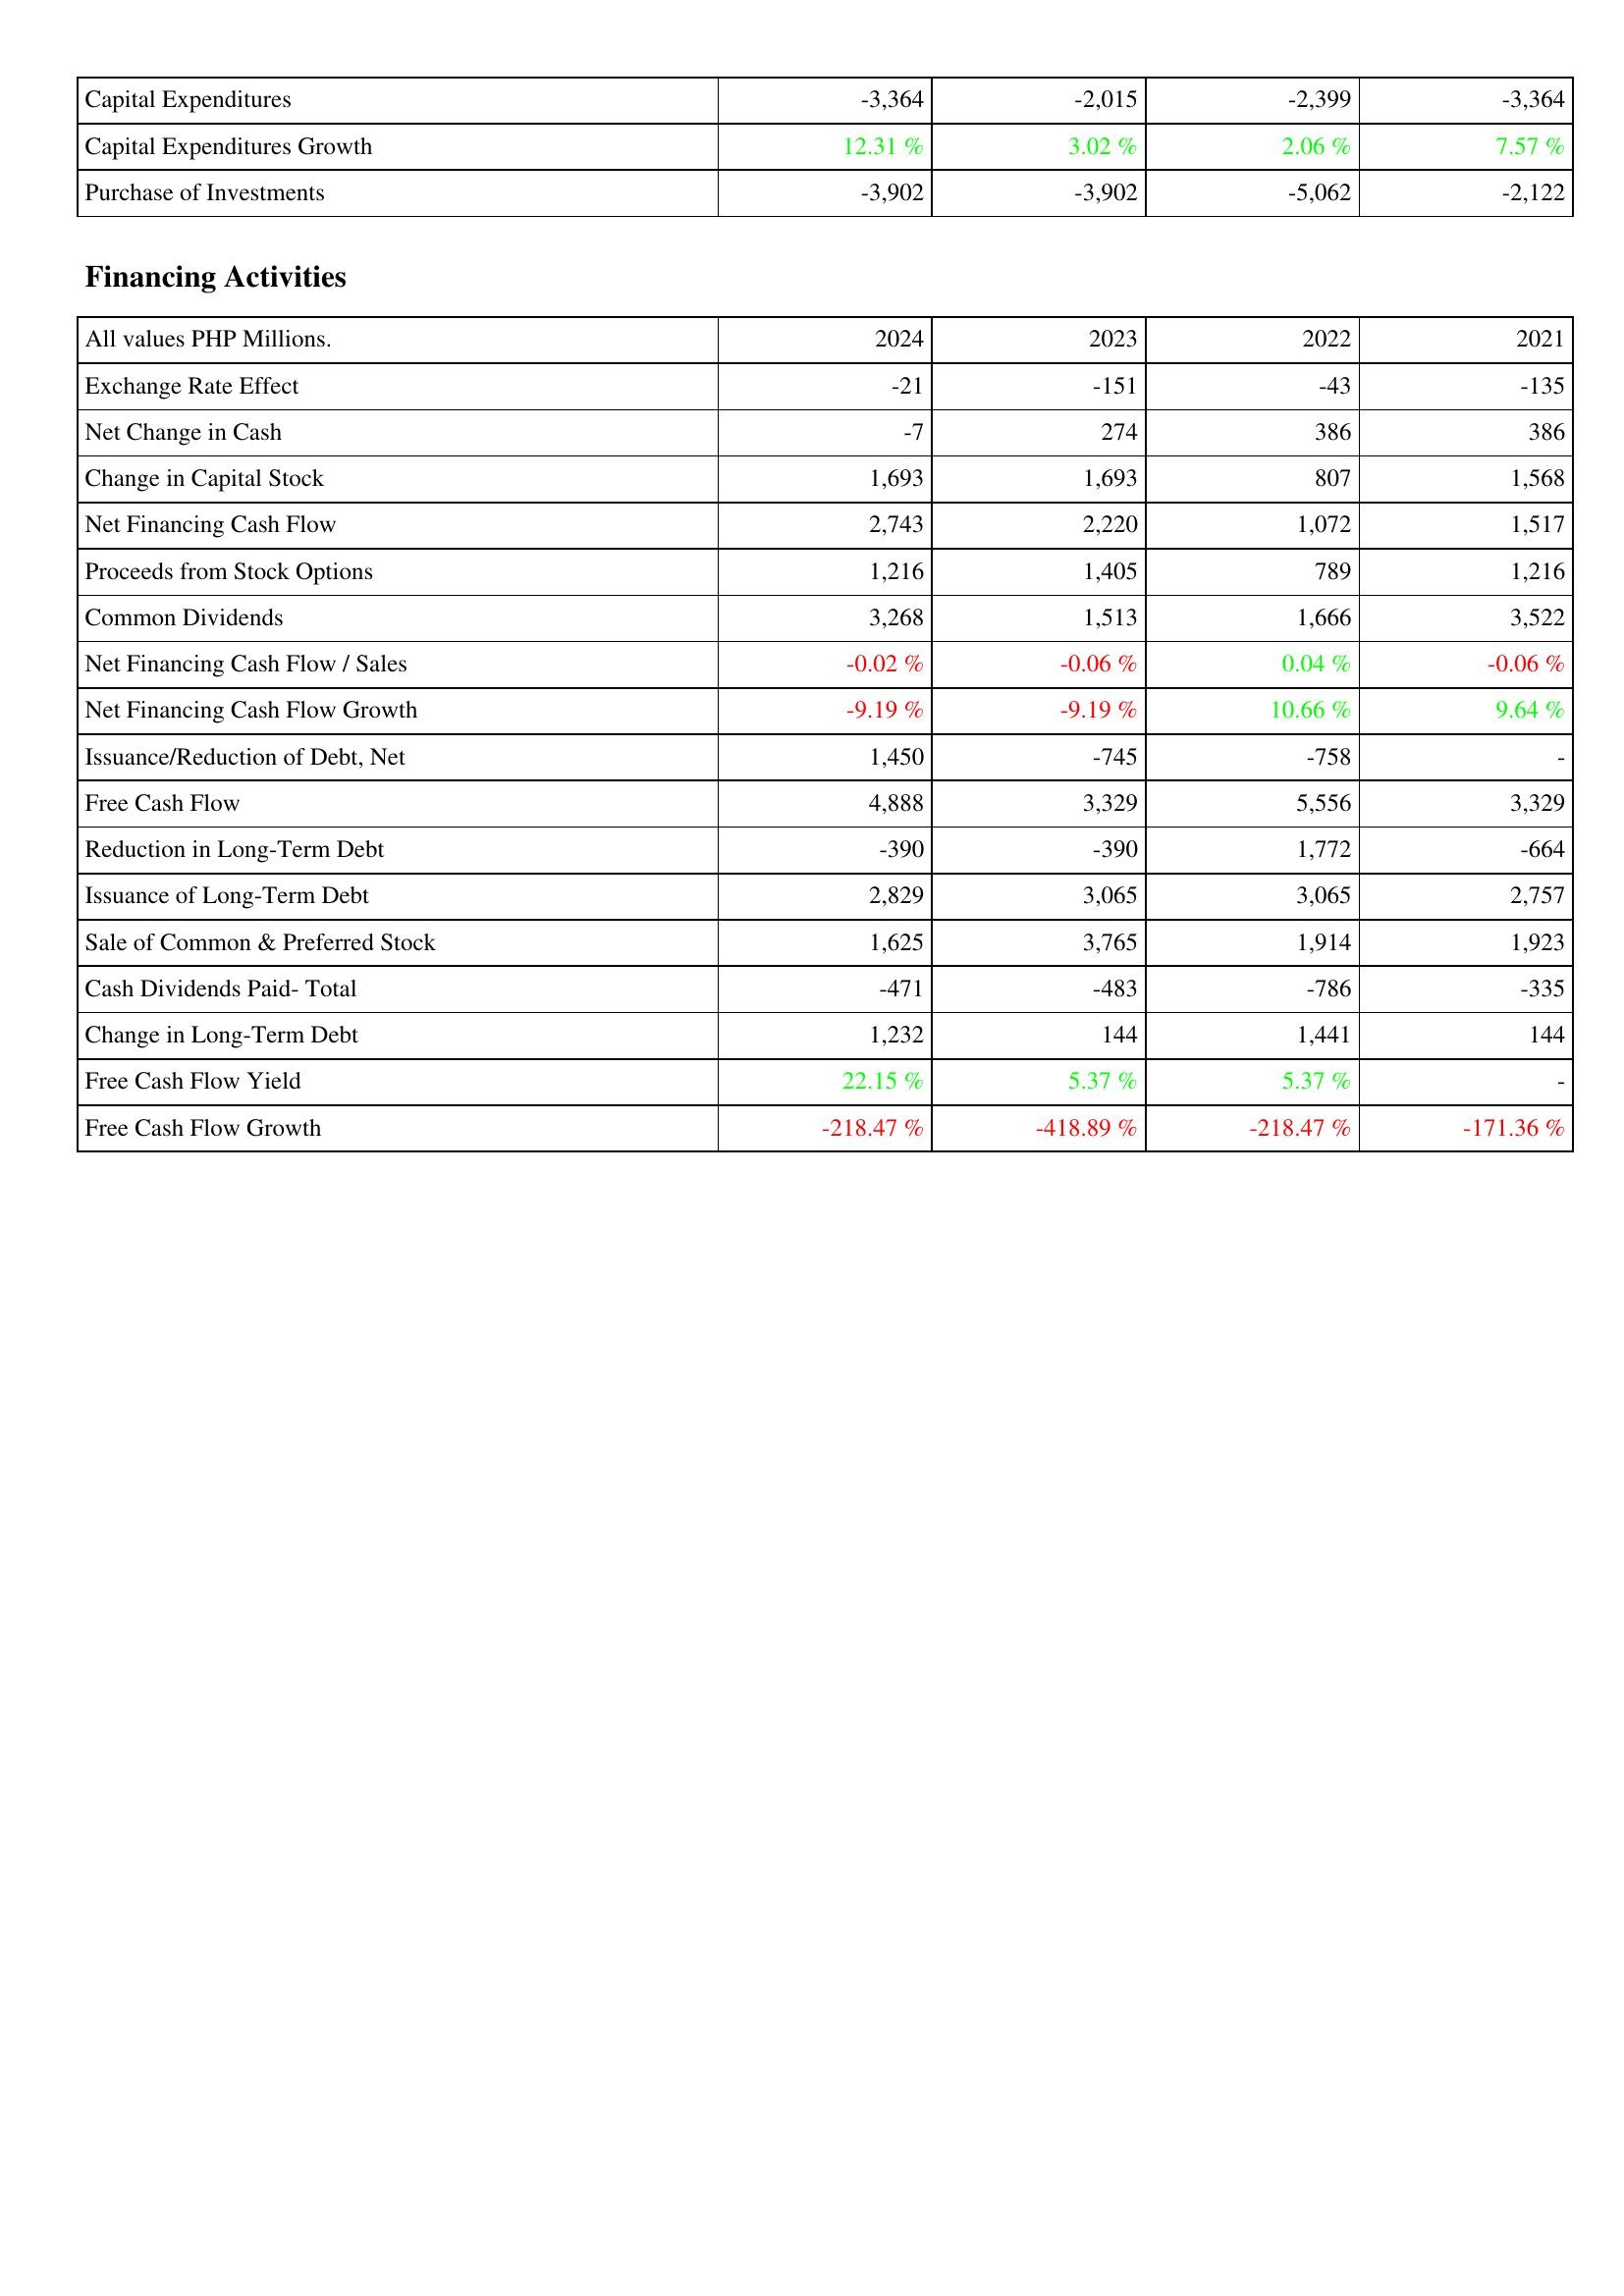
2024: Investing Activities: Capital Expenditures: -3,364
Capital Expenditures Growth: 12.31 %
Purchase of Investments: -3,902
Financing Activities: Exchange Rate Effect: -21
Net Change in Cash: -7
Change in Capital Stock: 1,693
Net Financing Cash Flow: 2,743
Proceeds from Stock Options: 1,216
Common Dividends: 3,268
Net Financing Cash Flow / Sales: -0.02 %
Net Financing Cash Flow Growth: -9.19 %
Issuance/Reduction of Debt, Net: 1,450
Free Cash Flow: 4,888
Reduction in Long-Term Debt: -390
Issuance of Long-Term Debt: 2,829
Sale of Common & Preferred Stock: 1,625
Cash Dividends Paid- Total: -471
Change in Long-Term Debt: 1,232
Free Cash Flow Yield: 22.15 %
Free Cash Flow Growth: -218.47 %
2023: Investing Activities: Capital Expenditures: -2,015
Capital Expenditures Growth: 3.02 %
Purchase of Investments: -3,902
Financing Activities: Exchange Rate Effect: -151
Net Change in Cash: 274
Change in Capital Stock: 1,693
Net Financing Cash Flow: 2,220
Proceeds from Stock Options: 1,405
Common Dividends: 1,513
Net Financing Cash Flow / Sales: -0.06 %
Net Financing Cash Flow Growth: -9.19 %
Issuance/Reduction of Debt, Net: -745
Free Cash Flow: 3,329
Reduction in Long-Term Debt: -390
Issuance of Long-Term Debt: 3,065
Sale of Common & Preferred Stock: 3,765
Cash Dividends Paid- Total: -483
Change in Long-Term Debt: 144
Free Cash Flow Yield: 5.37 %
Free Cash Flow Growth: -418.89 %
2022: Investing Activities: Capital Expenditures: -2,399
Capital Expenditures Growth: 2.06 %
Purchase of Investments: -5,062
Financing Activities: Exchange Rate Effect: -43
Net Change in Cash: 386
Change in Capital Stock: 807
Net Financing Cash Flow: 1,072
Proceeds from Stock Options: 789
Common Dividends: 1,666
Net Financing Cash Flow / Sales: 0.04 %
Net Financing Cash Flow Growth: 10.66 %
Issuance/Reduction of Debt, Net: -758
Free Cash Flow: 5,556
Reduction in Long-Term Debt: 1,772
Issuance of Long-Term Debt: 3,065
Sale of Common & Preferred Stock: 1,914
Cash Dividends Paid- Total: -786
Change in Long-Term Debt: 1,441
Free Cash Flow Yield: 5.37 %
Free Cash Flow Growth: -218.47 %
2021: Investing Activities: Capital Expenditures: -3,364
Capital Expenditures Growth: 7.57 %
Purchase of Investments: -2,122
Financing Activities: Exchange Rate Effect: -135
Net Change in Cash: 386
Change in Capital Stock: 1,568
Net Financing Cash Flow: 1,517
Proceeds from Stock Options: 1,216
Common Dividends: 3,522
Net Financing Cash Flow / Sales: -0.06 %
Net Financing Cash Flow Growth: 9.64 %
Issuance/Reduction of Debt, Net: -
Free Cash Flow: 3,329
Reduction in Long-Term Debt: -664
Issuance of Long-Term Debt: 2,757
Sale of Common & Preferred Stock: 1,923
Cash Dividends Paid- Total: -335
Change in Long-Term Debt: 144
Free Cash Flow Yield: -
Free Cash Flow Growth: -171.36 %